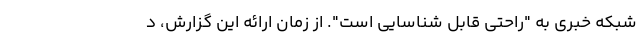
شبکه خبری به "راحتی قابل شناسایی است". از زمان ارائه این گزارش، د